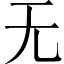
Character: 无